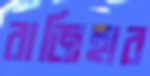
রাজিহার